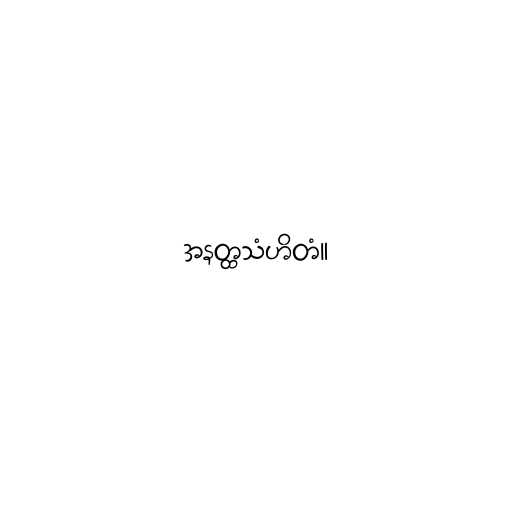
အနတ္ထသံဟိတံ။